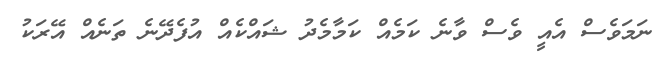
ނަމަވެސް އެއީ ވެސް ވާނެ ކަމެއް ކަމާމެދު ޝައްކެއް އުުފެދޭނެ ތަނެއް އޭރަކު